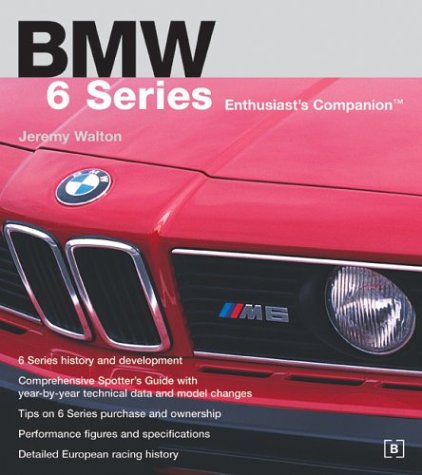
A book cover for BMW 6 Series Enthusiast's Companion; Jeremy Walton; Engineering & Transportation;